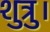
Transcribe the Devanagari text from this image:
शुत्रु।